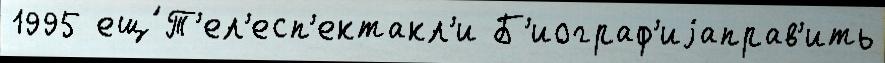
1995 ещ́ Т'ел'есп'ектакл'и Б'иограф'иjаправ'ить